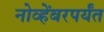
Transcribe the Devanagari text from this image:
नोव्हेंबरपर्यंत